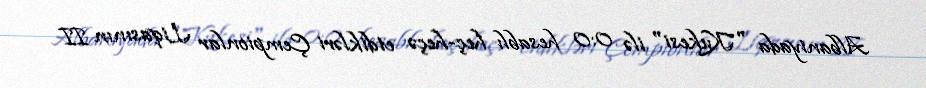
Albaniyada "Kukesi" ilə 0:0 hesablı heç-heçə etdikləri Çempionlar Liqasının II